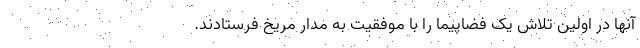
آنها در اولین تلاش یک فضاپیما را با موفقیت به مدار مریخ فرستادند.